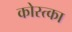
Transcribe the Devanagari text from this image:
कोस्त्का